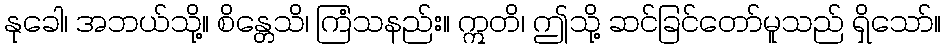
နုခေါ၊ အဘယ်သို့။ စိန္တေသိ၊ ကြံသနည်း။ ဣတိ၊ ဤသို့ ဆင်ခြင်တော်မူသည် ရှိသော်။